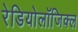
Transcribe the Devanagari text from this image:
रेडियोलॉजिक्ल